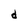
Character: d